Vaccination in Burma 1889-1999 - 1889-1999
Year: 1889
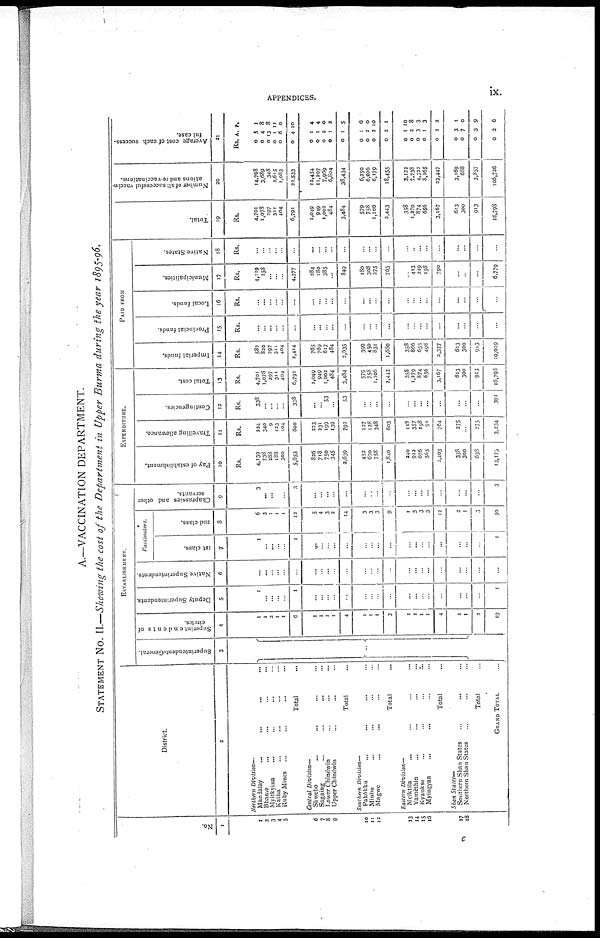
APPENDICES.
ix.
A.—VACCINATION DEPARTMENT.
STATEMENT No. II.—Showing the cost of the Department in Upper Burma during the year 1895-96.
No.
1
1
2
3
4
5
6
7
8
9
10
11
12
13
14
15
16
17
18
District.
2
Northern Division—
Mandalay ... ... ... ...
Bhamo ... ... ... ...
Myitkyina ... ... ...
Katha ... ... ...
Ruby Mines ... ... ...
Total ...
Central Division—
Shwebo ... ... ...
Sagaing ... ... ...
Lower Chindwin ... ... ...
Upper Chindwin ... ... ...
Total ...
Southern Division—
Pakôkku ... ... ...
Minbu ... ... ...
Magwe ... ... ...
Total ...
Eastern Division—
Meiktila ... ... ... ...
Yamethin ... ... ... ...
Kyaukse ... ... ... ...
Myingyan ... ... ... ...
Total ...
Shan States—
Southern Shan States ... ... ...
Northern Shan States ... ... ...
Total ...
GRAND TOTAL ...
ESTABLISHMENT.
Superintendent-General.
3
...
Superintendents of
circles.
4
1
1
2
1
1
6
1
1
1
1
4
1
1
1
3
1
1
1
1
4
1
1
2
19
Deputy Superintendents.
5
1
...
...
...
...
1
...
...
...
...
...
...
...
...
...
...
...
...
...
...
...
...
...
1
Native Superintendents.
6
...
...
...
...
...
...
...
...
...
...
...
...
...
...
...
...
...
...
...
...
...
...
...
...
Vaccinators.
1st class.
7
1
...
...
...
...
1
...
...
...
...
...
...
...
...
...
...
...
...
...
...
...
...
...
1
2nd class.
8
6
3
1
1
1
12
5
4
3
2
14
3
3
3
9
1
5
3
3
12
2
1
3
50
Chaprassies and other
servants.
9
3
...
...
...
...
3
...
...
...
...
...
...
...
...
...
...
...
...
...
...
...
...
...
3
EXPENDITURE.
Pay of establishment.
10
Rs.
4,139
738
288
188
300
5,653
826
718
750
345
2,639
452
630
758
1,840
240
922
676
565
2,403
338
300
638
13,173
Travelling allowance.
11
Rs.
224
340
9
123
104
800
223
231
199
139
792
127
128
348
603
118
357
198
91
764
275
...
275
3,234
Contingencies.
12
Rs.
338
...
...
...
...
338
...
...
53
...
53
...
...
...
...
...
...
...
...
...
...
...
...
391
Total cost.
13
Rs.
4,701
1,078
297
311
404
6,791
1,049
949
1,002
484
3,484
579
758
1,106
2,443
358
1,279
874
656
3,167
613
300
913
16,793
PAID FROM
Imperial funds.
14
Rs.
582
820
297
311
404
3,414
765
769
617
484
2,635
399
450
831
1,680
353
866
655
498
2,377
613
300
913
10,019
Provincial funds.
15
Rs.
...
...
...
...
...
...
...
...
...
...
...
...
...
...
...
...
...
...
...
...
...
...
...
...
Local funds.
16
Rs.
...
...
...
...
...
...
...
...
...
...
...
...
...
...
...
...
...
...
...
...
...
...
...
...
Municipalities.
17
Rs.
4,119
258
...
...
...
4,377
284
180
385
...
849
180
308
275
763
...
413
219
158
790
...
...
...
6,779
Native States.
18
Rs.
...
...
...
...
...
...
...
...
...
...
...
...
...
...
...
...
...
...
...
...
...
...
...
...
Total.
19
Rs.
4,701
1,078
297
311
404
6,791
1,049
949
1,002
484
3,484
579
758
1,106
2,443
358
1,279
874
656
3,167
613
300
913
16,798
Number of all successful vaccin-
ations and re-vaccinations.
20
14,798
3,689
348
2,615
1,083
22,533
13,454
11,207
7,969
6,804
38,434
6,250
6,026
6,179
18,455
3,122
7,738
4,322
8,265
23,447
3,169
688
3,857
106,726
Average cost of each success-
ful case.
21
Rs. A. P.
0
0
0
0
0
0
5
4
13
1
6
4
1
8
8
11
0
10
0
0
0
0
0
1
1
2
1
1
4
4
0
2
5
0
0
0
0
1
2
2
2
6
0
10
1
0
0
0
0
0
1
2
3
1
2
10
8
3
3
2
0
0
0
0
3
7
3
2
1
0
9
6
c